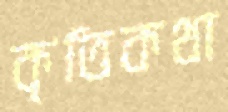
কৃতিকথা